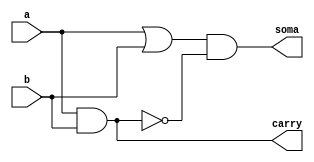
// ---------------------
// guia03-Exercicio01
// Nome: Larissa Fernandes Leijoto
// ---------------------

// ---------------------
// -- Meia soma
// ---------------------

  module Exercicio01MEIASOMA(soma,carry,a,b);
	input a, b;
	output soma,carry;
	wire temp1,temp2;
	
	and AND1 (carry,a,b);
	or  OR1 (temp1,a,b);
	not NOT1 (temp2,carry);
	and AND2 (soma,temp1,temp2);

   endmodule

    module TesteExercicio01MEIASOMA;

	reg a,b;
	wire soma,carry;

	Exercicio01MEIASOMA MEIASOMA1 (soma,carry,a,b);

	initial begin
		a = 0;b = 0;
	end

	initial begin

		#1 $display (" Larissa Fernandes Leijoto - 410476 ");
		#1 $display (" a | b | carry | soma ");
		$monitor (" %b | %b |   %b   |  %b", a,b,carry,soma);
		#1 a=0;b=1;
		#1 a=1;b=0;
		#1 a=1;b=1;


	end	
     endmodule